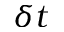
\delta t